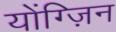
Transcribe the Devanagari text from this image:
योंग्ज़िन